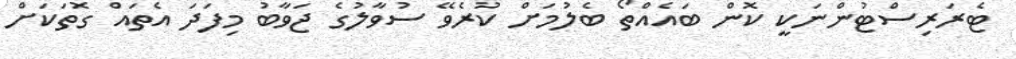
ޓެރަރިސްޓުންނަކީ ކޮން ބައެއްތޯ ބެލުމަށް ކުރެވޭ ސުވާލުގެ ޖަވާބު މިފަދަ އެތައް ގޮތަކަށް